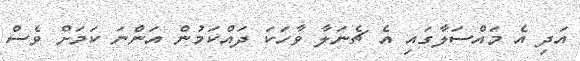
އަދި އެ މައްސަލާގައި އެ ޗެނަލާ ވާހަކަ ދައްކަމުން އަންނަ ކަމަށް ވެސް